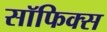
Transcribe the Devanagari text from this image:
सॉफिक्स